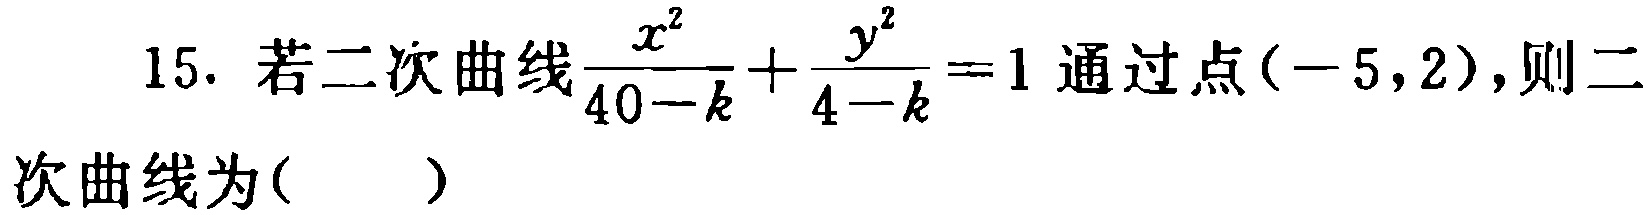
15. 若二次曲线$\frac{x^{2}}{40 - k}+\frac{y^{2}}{4 - k}=1$通过点$(-5,2)$，则二次曲线为( )